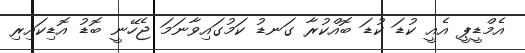
އެމްޑީޕީ އެއީ ކުޑަ ކުޑަ ބޮއްކުރާ ގަނޑު ކަމުގައިވާނަމަ ޖެހޭނީ ބޮޑު އޮޑިކައިރި